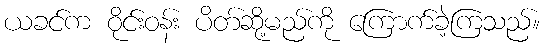
ယခင်က ဝိုင်းဝန်း ပိတ်ဆို့မည်ကို ကြောက်ခဲ့ကြသည်။